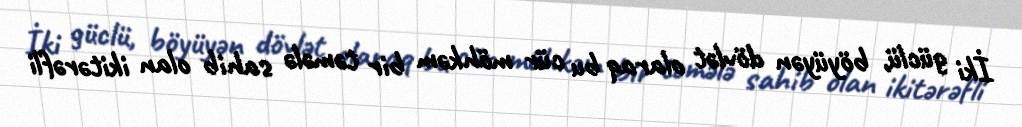
İki güclü, böyüyən dövlət olaraq bu cür möhkəm bir təmələ sahib olan ikitərəfli